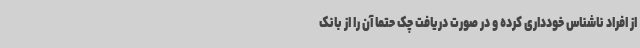
از افراد ناشناس خودداری کرده و در صورت دریافت چک حتما آن را از بانک